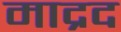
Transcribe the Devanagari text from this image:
माद्रद